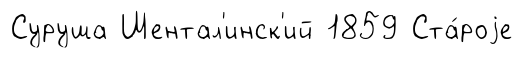
Суруша Шентал'инск'ий 1859 Ста́роjе